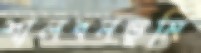
শালবনভূমি